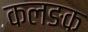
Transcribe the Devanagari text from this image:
कलङक